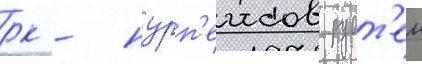
рк - нурп'еисов руст'ем